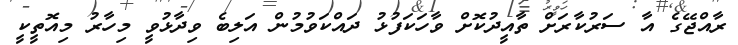
ރާއްޖޭގެ އާ ސަރުކާރަށް ތާއީދުކޮށް ވާހަކަފުޅު ދައްކަވުމުން އަލިބެ ވިދާޅުވީ މިހާރު މިއޮތީކީ